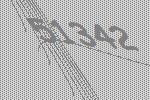
51342